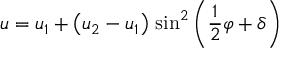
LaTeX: u = u _ { 1 } + \left( u _ { 2 } - u _ { 1 } \right) \, \sin ^ { 2 } \left( { \frac { 1 } { 2 } } \varphi + \delta \right)